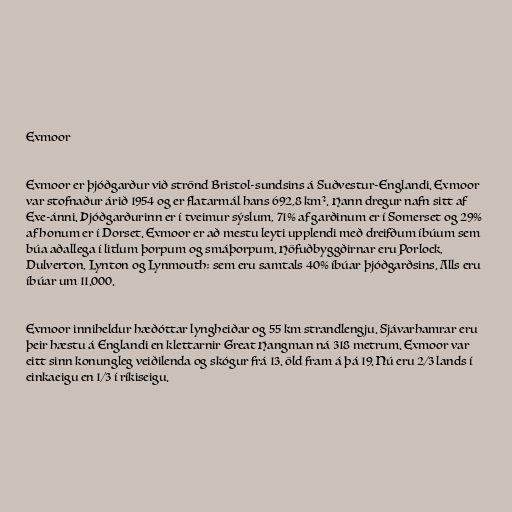
Exmoor

Exmoor er þjóðgarður við strönd Bristol-sundsins á Suðvestur-Englandi. Exmoor
var stofnaður árið 1954 og er flatarmál hans 692,8 km². Hann dregur nafn sitt af
Exe-ánni. Þjóðgarðurinn er í tveimur sýslum, 71% af garðinum er í Somerset og 29%
af honum er í Dorset. Exmoor er að mestu leyti upplendi með dreifðum íbúum sem
búa aðallega í litlum þorpum og smáþorpum. Höfuðbyggðirnar eru Porlock,
Dulverton, Lynton og Lynmouth; sem eru samtals 40% íbúar þjóðgarðsins. Alls eru
íbúar um 11.000.

Exmoor inniheldur hæðóttar lyngheiðar og 55 km strandlengju. Sjávarhamrar eru
þeir hæstu á Englandi en klettarnir Great Hangman ná 318 metrum. Exmoor var
eitt sinn konungleg veiðilenda og skógur frá 13. öld fram á þá 19. Nú eru 2/3 lands í
einkaeigu en 1/3 í ríkiseigu.